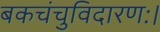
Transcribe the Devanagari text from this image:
बकचंचुविदारणः।